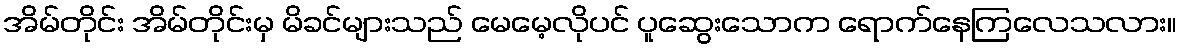
အိမ်တိုင်း အိမ်တိုင်းမှ မိခင်များသည် မေမေ့လိုပင် ပူဆွေးသောက ရောက်နေကြလေသလား။